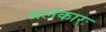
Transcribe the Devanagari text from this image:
अलंकारः